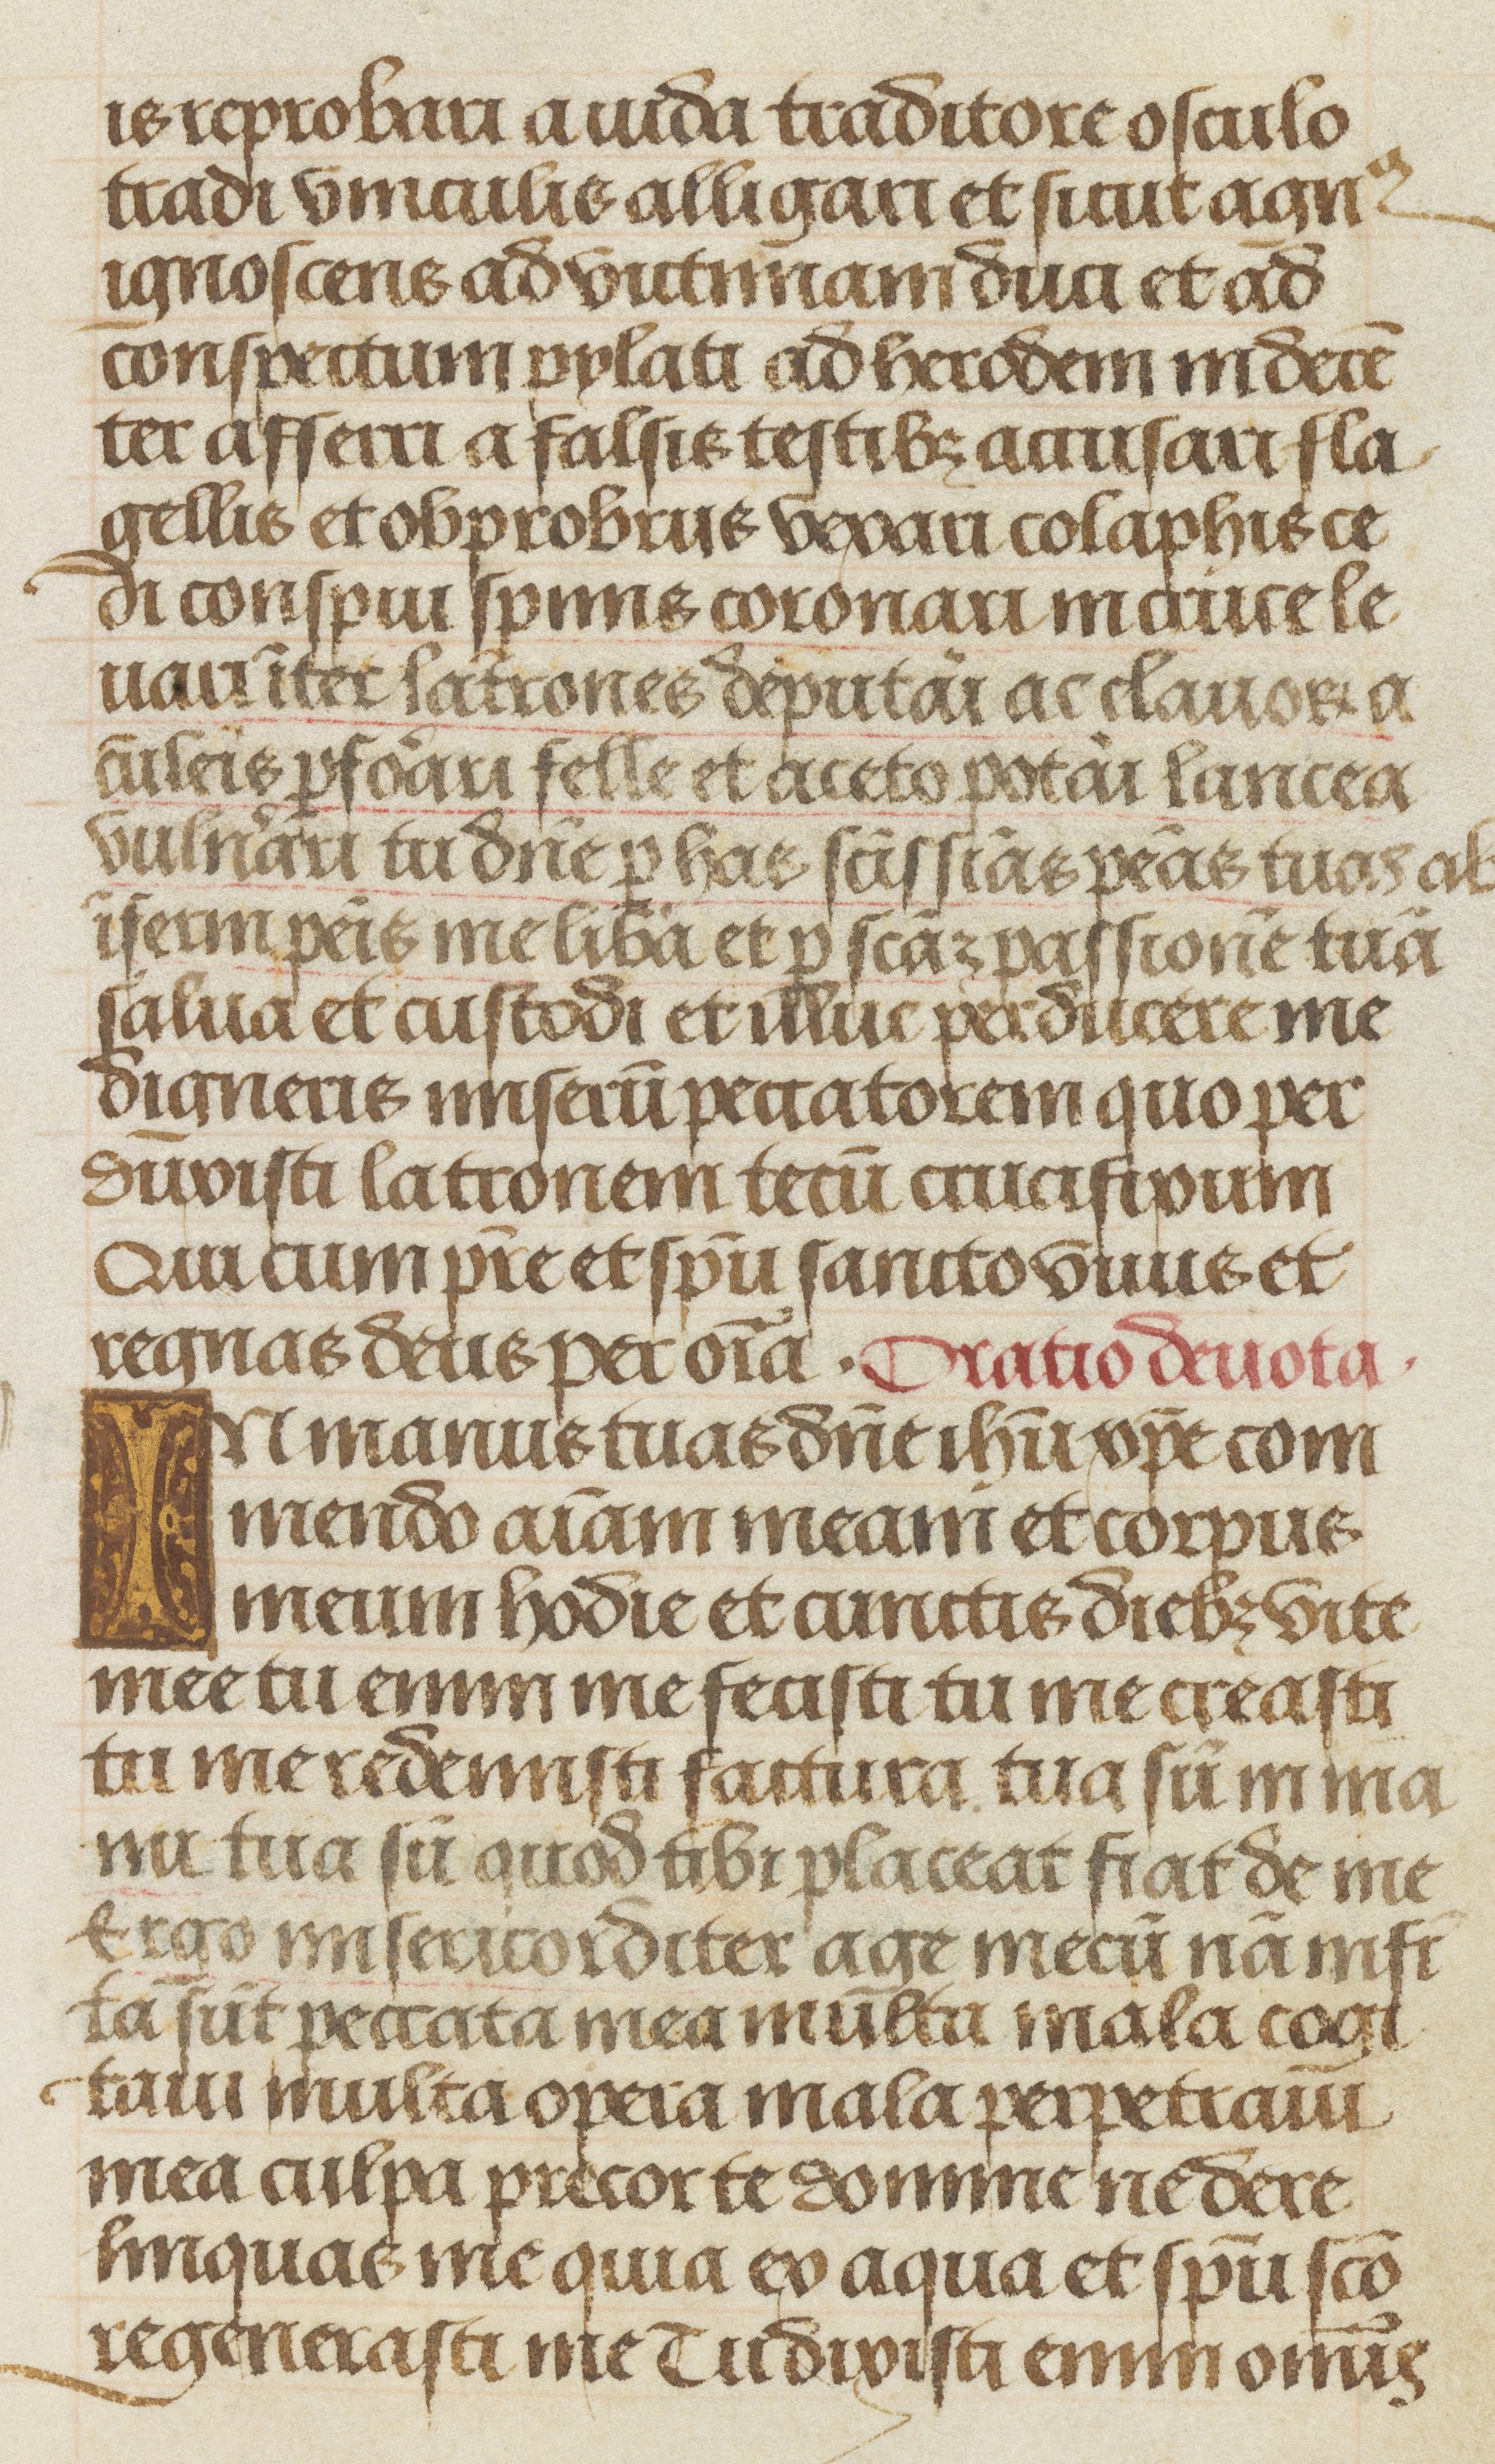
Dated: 1475–1505